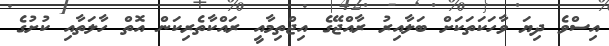
އިސްވެ ދިޔަ ވާހަކަތަކަށް ބަލާއިރު ރާއްޖޭގެ އިޖްތިމާއީ ރައްކާތެރިކަން އޮތް ހާލަތާއި ކުށުގެ